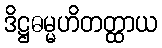
ဒိဋ္ဌဓမ္မဟိတတ္ထာယ